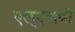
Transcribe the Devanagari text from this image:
एल्‌एलबी